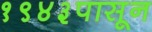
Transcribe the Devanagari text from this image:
१९४३पासून